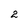
Character: 2